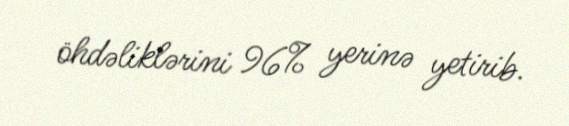
öhdəliklərini 96% yerinə yetirib.